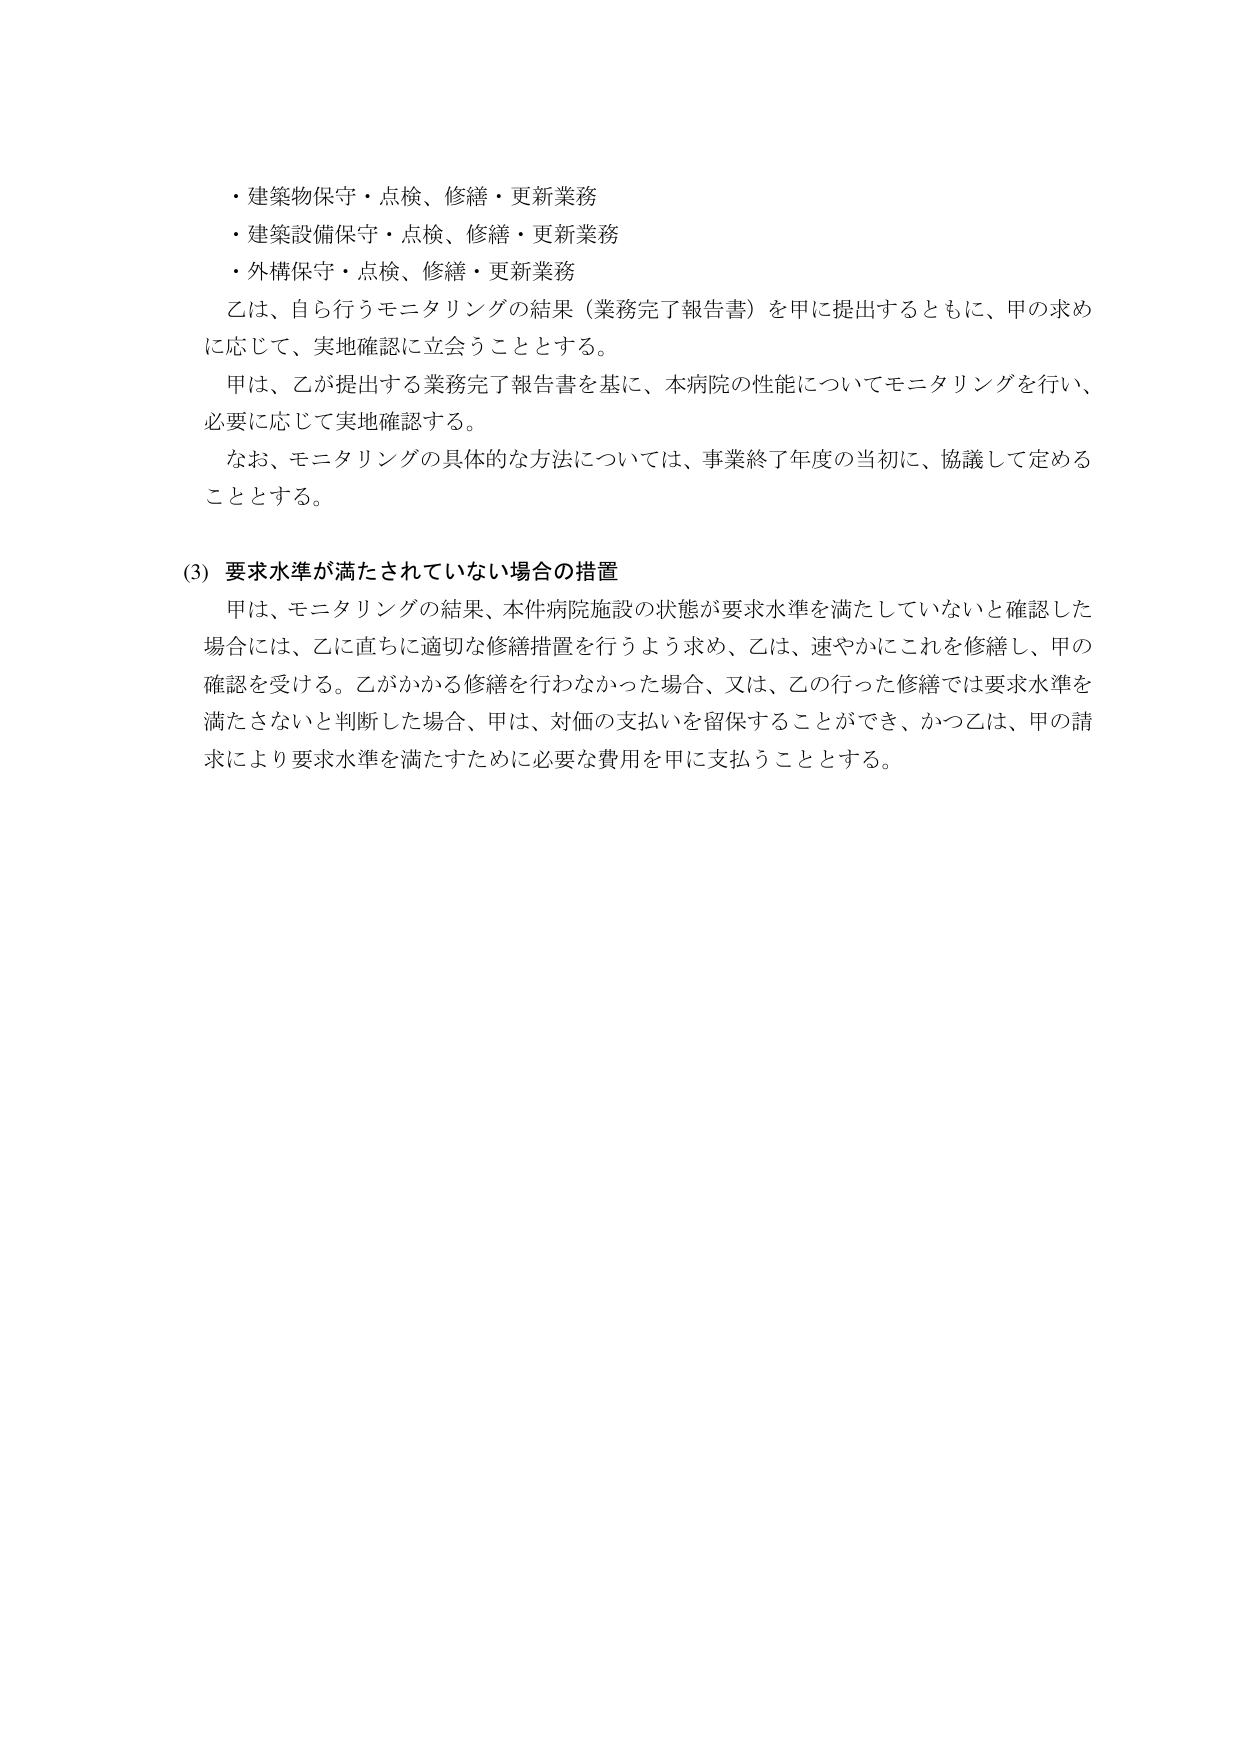
・建築物保守・点検、修繕・更新業務
・建築設備保守・点検、修繕・更新業務
・外構保守・点検、修繕・更新業務

乙は、自ら行うモニタリングの結果（業務完了報告書）を甲に提出するとともに、甲の求めに応じて、実地確認に立会うこととする。

甲は、乙が提出する業務完了報告書を基に、本病院の性能についてモニタリングを行い、必要に応じて実地確認する。

なお、モニタリングの具体的な方法については、事業終了年度の当初に、協議して定めることとする。

(3) 要求水準が満たされていない場合の措置

甲は、モニタリングの結果、本件病院施設の状態が要求水準を満たしていないと確認した場合には、乙に直ちに適切な修繕措置を行うよう求め、乙は、速やかにこれを修繕し、甲の確認を受ける。乙がかかる修繕を行わなかった場合、又は、乙の行った修繕では要求水準を満たさないと判断した場合、甲は、対価の支払いを留保することができ、かつ乙は、甲の請求により要求水準を満たすために必要な費用を甲に支払うこととする。